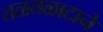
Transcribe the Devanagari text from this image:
तळतळाटानें